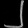
Digit: ၂